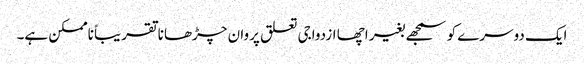
ایک دوسرے کو سمجھے بغیر اچھا ازدواجی تعلق پروان چڑھانا تقریباً ناممکن ہے۔